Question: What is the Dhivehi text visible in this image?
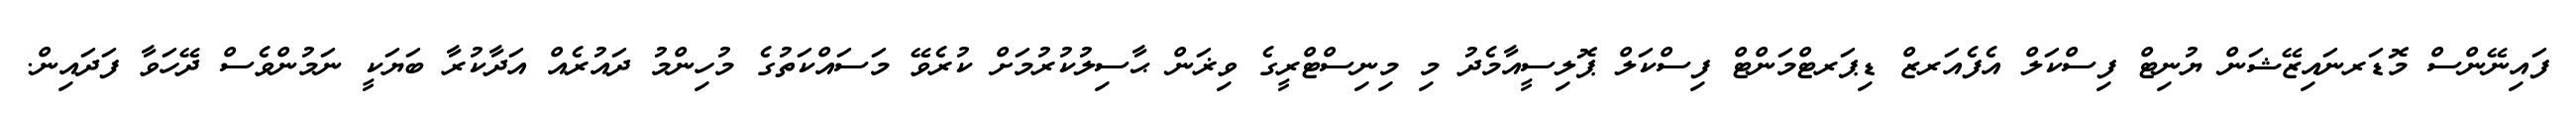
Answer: ފައިނޭންސް މޮޑަރނައިޒޭޝަން ޔުނިޓް ފިސްކަލް އެފެއަރޒް ޑިޕަރޓްމަންޓް ފިސްކަލް ޕޮލިސީއާމެދު މި މިނިސްޓްރީގެ ވިޜަން ޙާސިލުކުރުމަށް ކުރެވޭ މަސައްކަތުގެ މުހިންމު ދައުރެއް އަދާކުރާ ބަޔަކީ ނަމުންވެސް ދޭހަވާ ފަދައިން.